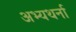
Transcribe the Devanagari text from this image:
अभ्यथर्ना